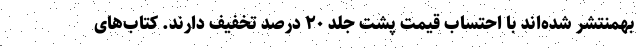
بهمنتشر شده‌اند با احتساب قیمت پشت جلد ۲۰ درصد تخفیف دارند. کتاب‌های